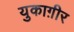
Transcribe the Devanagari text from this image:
युकाग़ीर